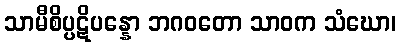
သာမီစိပ္ပဋိပန္နော ဘဂဝတော သာဝက သံဃော၊